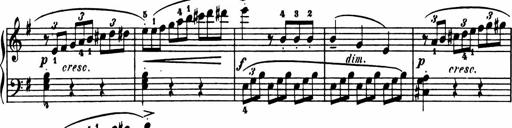
Title: Sonatina in G major
Composer: Friedrich Kuhlau
Key: G major